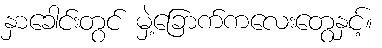
နှာခေါင်းတွင် မှဲ့ခြောက်ကလေးတွေနှင့်။